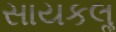
સાયકલૢ